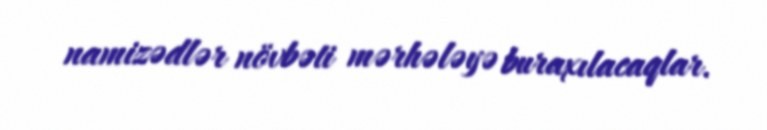
namizədlər növbəti mərhələyə buraxılacaqlar.